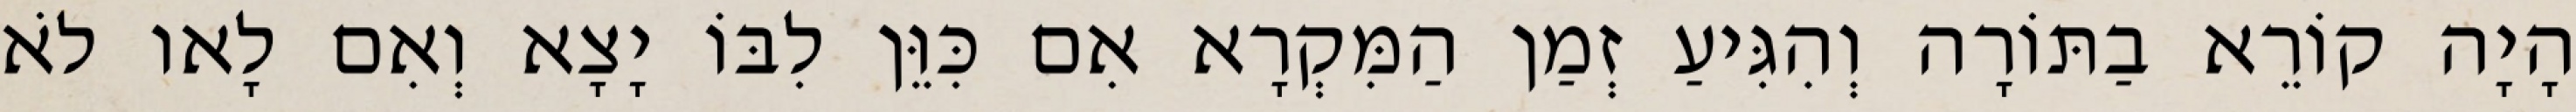
הָיָה קוֹרֵא בַתּוֹרָה וְהִגִּיעַ זְמַן הַמִּקְרָא אִם כִּוֵּן לִבּוֹ יָצָא וְאִם לָאו לֹא